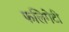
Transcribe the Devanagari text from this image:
फलिगेटी